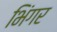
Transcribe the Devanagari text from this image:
भिंगर